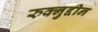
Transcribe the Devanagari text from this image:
रुक्नुद्दीन